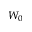
W _ { 0 }